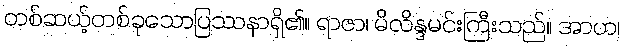
တစ်ဆယ့်တစ်ခုသောပြဿနာရှိ၏။ ရာဇာ၊ မိလိန္ဒမင်းကြီးသည်။ အာဟ၊